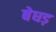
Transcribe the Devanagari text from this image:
बेधड़